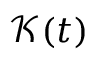
\mathcal { K } ( t )